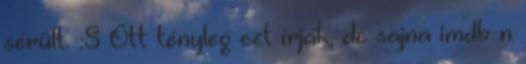
sérült. :S Ott tényleg ezt írják, de sajna imdb-n